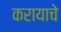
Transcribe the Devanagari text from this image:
करायाचे